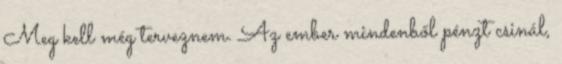
Meg kell még terveznem. Az ember mindenből pénzt csinál,